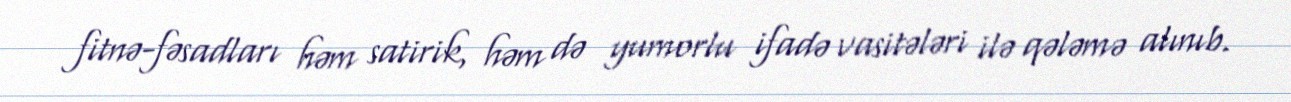
fitnə-fəsadları həm satirik, həm də yumorlu ifadə vasitələri ilə qələmə alınıb.